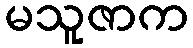
မသူဇာက